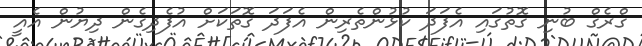
ގްރެގް ބުނި ގޮތުގައި އެފަދަ ކުޅުންތެރިން އެފަދަ ގޮތަކަށް އުފެދިގެން ދިޔުން އެއީ